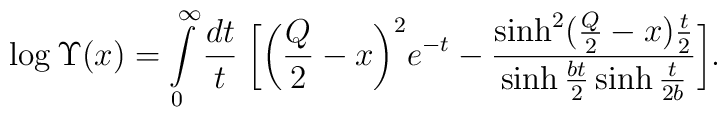
\log\Upsilon(x)=\int\limits_0^\infty\frac{dt}{t}\;\biggl[\biggl(\frac{Q}{2}-x\biggr)^2e^{-t}-\frac{\sinh^2\bigl(\frac{Q}{2}-x\bigr)\frac{t}{2}}{\sinh\frac{bt}{2}\sinh\frac{t}{2b}}\biggr].